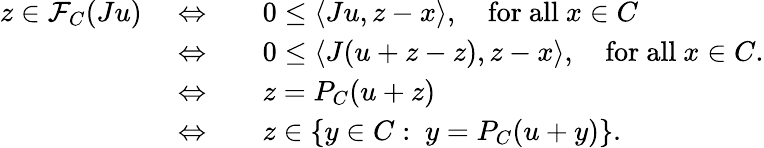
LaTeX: \begin{array}{rl}{z\in\mathcal{F}_{C}(Ju)\quad\Leftrightarrow\quad}&{0\leq\langle Ju,z-x\rangle,\quad\mathrm{for~all}\ x\in C}\\ {\quad\Leftrightarrow\quad}&{0\leq\langle J(u+z-z),z-x\rangle,\quad\mathrm{for~all}\ x\in C.}\\ {\quad\Leftrightarrow\quad}&{z=P_{C}(u+z)}\\ {\quad\Leftrightarrow\quad}&{z\in\{ y\in C:\ y=P_{C}(u+y)\} .}\end{array}